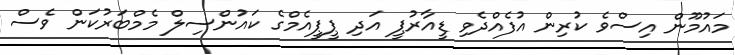
މައުމޫން އިސްވެ ކުރިން އުފެއްދެވި ޑީއާރުޕީ އަދި ޕީޕީއެމްގެ ކައުންސިލް މެމްބަރުކަން ވެސް